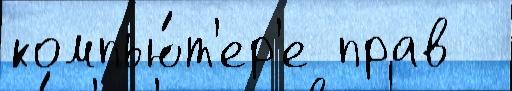
компью́т'ер'е прав